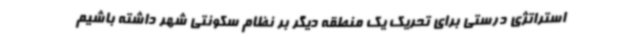
استراتژی درستی برای تحریک یک منطقه دیگر بر نظام سکونتی شهر داشته باشیم